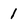
Character: 1